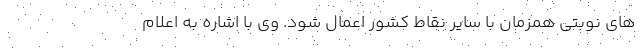
های نوبتی همزمان با سایر نقاط کشور اعمال شود. وی با اشاره به اعلام